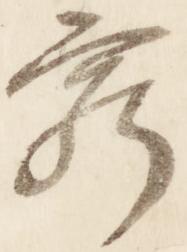
窮